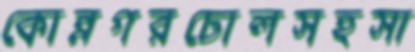
কোন্নগরঢোলসহসা